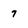
Character: 7